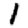
Digit: 1